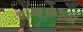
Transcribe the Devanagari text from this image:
वामलोचना